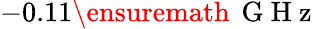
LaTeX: -0.11\ensuremath{\, \mathrm{~G~H~z~}}